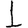
Digit: 1